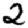
Digit: 2